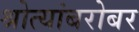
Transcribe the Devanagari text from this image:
श्रोत्यांबरोबर